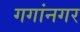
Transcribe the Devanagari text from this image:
गगांनगर